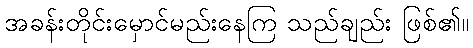
အခန်းတိုင်းမှောင်မည်းနေကြ သည်ချည်း ဖြစ်၏။